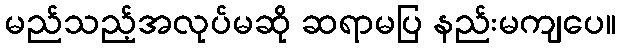
မည်သည့်အလုပ်မဆို ဆရာမပြ နည်းမကျပေ။